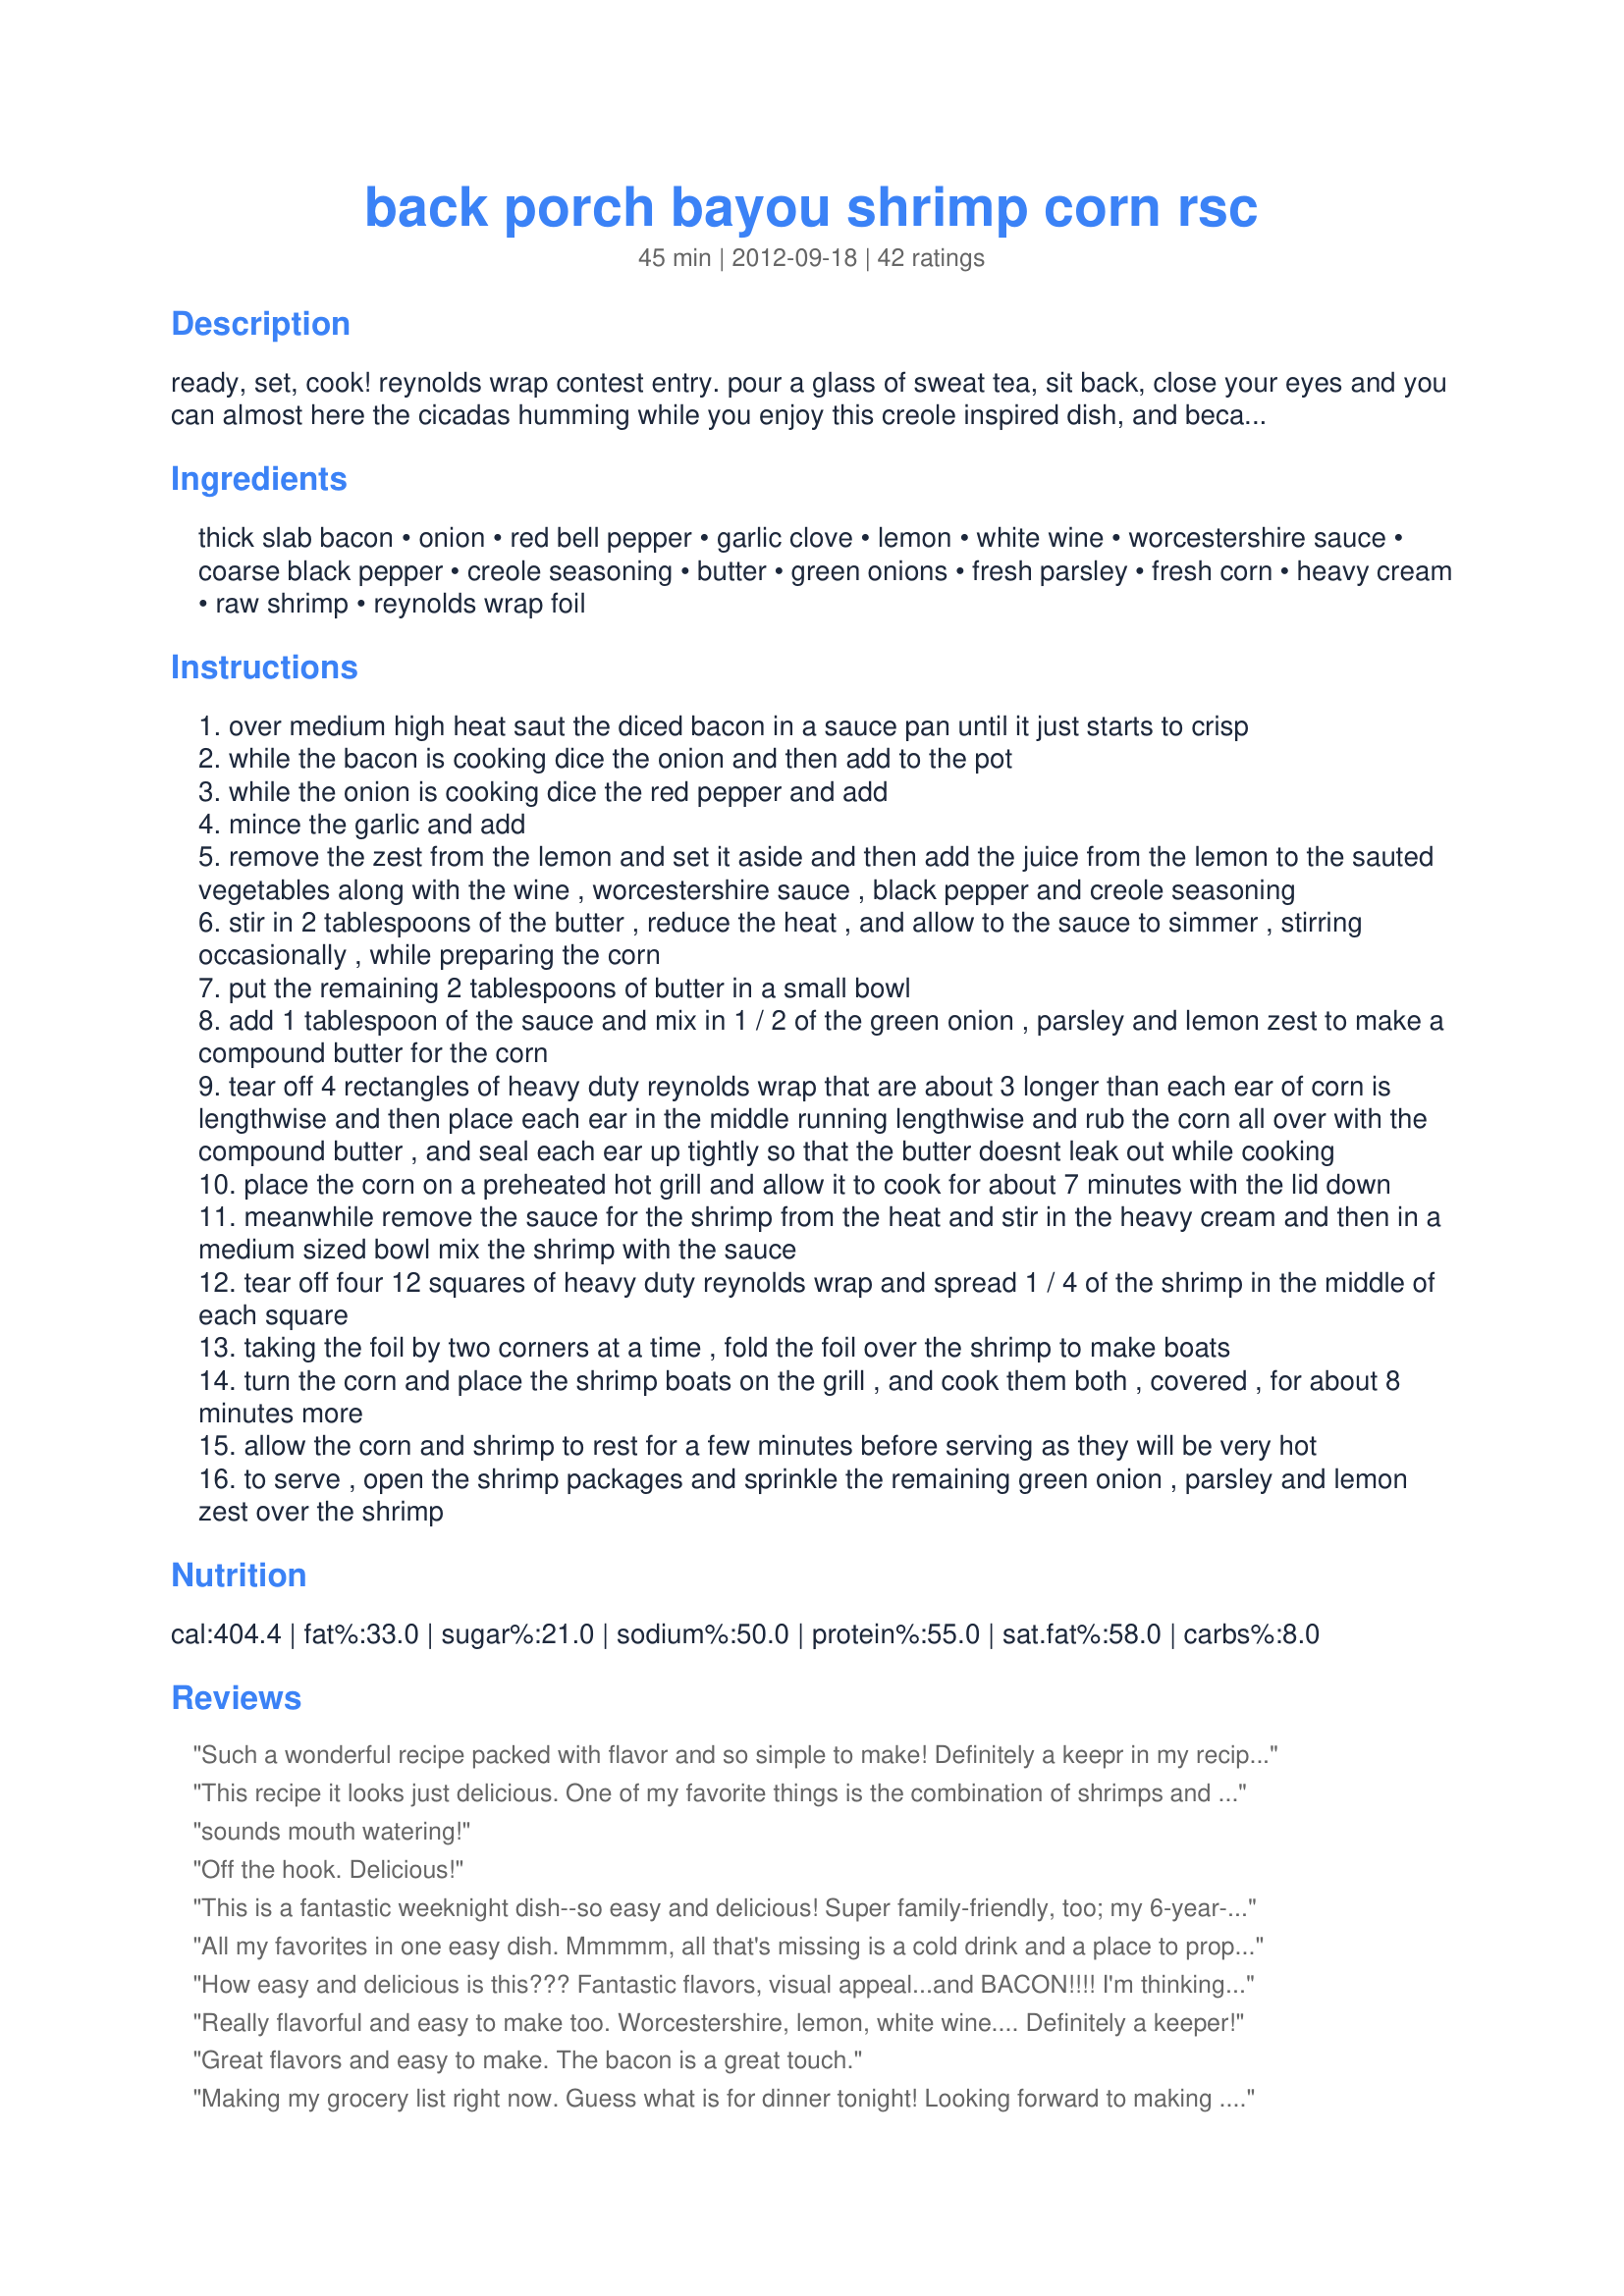
back porch bayou shrimp corn rsc
Preparation time: 45 minutes

ready, set, cook! reynolds wrap contest entry. pour a glass of sweat tea, sit back, close your eyes and you can almost here the cicadas humming while you enjoy this creole inspired dish, and because it's cooked and served in reynolds wrap clean up is so easy that you can linger on the porch a little longer. to bring back that feeling in the dead of winter place the packages on a baking sheet and cook in a 400 degree oven, and although 1 1/2 lbs. of shrimp is plenty, everyone always wants more.

Ingredients:
thick slab bacon, onion, red bell pepper, garlic clove, lemon, white wine, worcestershire sauce, coarse black pepper, creole seasoning, butter, green onions, fresh parsley, fresh corn, heavy cream, raw shrimp, reynolds wrap foil

Steps:
over medium high heat saut the diced bacon in a sauce pan until it just starts to crisp
while the bacon is cooking dice the onion and then add to the pot
while the onion is cooking dice the red pepper and add
mince the garlic and add
remove the zest from the lemon and set it aside and then add the juice from the lemon to the sauted vegetables along with the wine , worcestershire sauce , black pepper and creole seasoning
stir in 2 tablespoons of the butter , reduce the heat , and allow to the sauce to simmer , stirring occasionally , while preparing the corn
put the remaining 2 tablespoons of butter in a small bowl
add 1 tablespoon of the sauce and mix in 1 / 2 of the green onion , parsley and lemon zest to make a compound butter for the corn
tear off 4 rectangles of heavy duty reynolds wrap that are about 3 longer than each ear of corn is lengthwise and then place each ear in the middle running lengthwise and rub the corn all over with the compound butter , and seal each ear up tightly so that the butter doesnt leak out while cooking
place the corn on a preheated hot grill and allow it to cook for about 7 minutes with the lid down
meanwhile remove the sauce for the shrimp from the heat and stir in the heavy cream and then in a medium sized bowl mix the shrimp with the sauce
tear off four 12 squares of heavy duty reynolds wrap and spread 1 / 4 of the shrimp in the middle of each square
taking the foil by two corners at a time , fold the foil over the shrimp to make boats
turn the corn and place the shrimp boats on the grill , and cook them both , covered , for about 8 minutes more
allow the corn and shrimp to rest for a few minutes before serving as they will be very hot
to serve , open the shrimp packages and sprinkle the remaining green onion , parsley and lemon zest over the shrimp

Reviews:
Such a wonderful recipe packed with flavor and so simple to make! Definitely a keepr in my recipe box!! Thank you!!
This recipe it looks just delicious. One of my favorite things is the combination of shrimps and bacon. Very easy to make. Direction easy to follow. Wow, Incredible.
sounds mouth watering!
Off the hook. Delicious!
This is a fantastic weeknight dish--so easy and delicious! Super family-friendly, too; my 6-year-old love shrimp and corn so this is an all around winner in my book!
All my favorites in one easy dish. Mmmmm, all that's missing is a cold drink and a place to prop my feet up. I also love the ease of preparation.
How easy and delicious is this??? Fantastic flavors, visual appeal...and BACON!!!! I'm thinking I need to make this...stat!!!!
Really flavorful and easy to make too. Worcestershire, lemon, white wine.... Definitely a keeper!
Great flavors and easy to make. The bacon is a great touch.
Making my grocery list right now. Guess what is for dinner tonight! Looking forward to making . . .and enjoying. I'll let you know how it goes. . . . but I know everyone is gonna fight for seconds!!
Fabulous dish! My whole family devoured it!
Very quick and tasty recipe. Perfect for people like me!
Yum.....Bayou shrimp would taste so yummy right now!!!!!
This recipe make me want to go back to the south for vacation next summer. Delicious. And so easy to prepare.
What a great idea! Perfect for a back summer supper - easy and delicious!
Looks delicious! Seafood is my favorite, especially shrimp! Great Job!
I have company coming for the weekend and was looking for something new to try. The blended flavors and colors is just what I needed. I know this dish will be a big hit.
Yum, this looks and sounds amazing - great recipe!
wow looks so simple yet so good.also convenient to get a accurate head count,and mess free straight from the grill to the table,i can already taste pouring the juices on the corn
Absolutely love this dish!
This recipe is so delicious, I find myself craving it all the time. The combination of ingredients are perfect... I plan on sharing it with family and friends!!!
Loaded with flavor. Can't go wrong with this one..
Judy says simple, creative, delicious.
This receipe looks amazing! Most of the ingredients are things I keep on hand, so I won't have to buy much to make it. I LOVE shrimp and cooking it all in the Reynold Wrap foil (which I have in the different sizes) keeps my clean up so simple. The flavors will bring back memories of my wonderful trips to New Orleans & the Southern states. My mouth is watering just thinking of making it this weekend!
Sounds so delicious, Mary!
My mouth is watering reading the list of ingredients for this recipe! Sounds like an easy dish that would allow me more time to spend with my company instead of in the kitchen.
"Now that Live Action!" Sunday morning coffee, Sunday afternoon football and back porch bayou shrimp and corn.
I made this recipe last night! Lots of flavor and easy to make! Delicious!
great
This recipe is simple to prepare and has great down home flavor!
Best corn shrimp I had in my life!!<br/>Easy to make, cant go wrong on this one!
Easy and delicious will make it over and over....Love the flavors!!!
Absolutely delicious!!! Loved this recipe so much that we'll be having it again really soon!
fantastic! gonna make it again! Cheers
Great recipe and fairly easy!!
MY three favorite things-fast, delicious, and Southern! This recipe is wonderful!
Recipe sounds and looks delicious!!!!! A must make!!!!
Sounds delish!
I tried out this recipe the other day and all I can say is that it is absolutely delicious. It was so easy to make and it was very tasty.
Looks and Sounds So Delicious!! Love All the Great Flavors..YUM:-)
I haven't made this, but it sounds like a recipe from my neck of the woods....Cajunville.....lol! Good luck to you in the contest! :)
I need this in my belly now.
